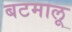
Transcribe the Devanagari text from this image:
बटमालू